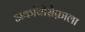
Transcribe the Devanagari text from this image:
अकांथोसेफ़ाला